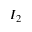
I _ { 2 }